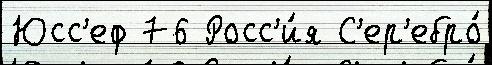
Юсс'еф 76 Росс'и́я С'ер'ебро́